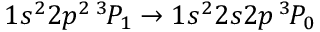
1 s ^ { 2 } 2 p ^ { 2 } \, ^ { 3 \! } P _ { 1 } \rightarrow 1 s ^ { 2 } 2 s 2 p \, ^ { 3 \! } P _ { 0 }